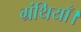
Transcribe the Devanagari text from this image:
ग्रंथियाँ।